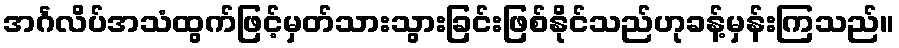
အင်္ဂလိပ်အသံထွက်ဖြင့်မှတ်သားသွားခြင်းဖြစ်နိုင်သည်ဟုခန့်မှန်းကြသည်။